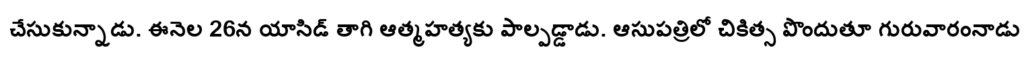
చేసుకున్నాడు. ఈనెల 26న యాసిడ్ తాగి ఆత్మహత్యకు పాల్పడ్డాడు. ఆసుపత్రిలో చికిత్స పొందుతూ గురువారంనాడు